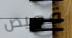
قميص